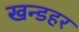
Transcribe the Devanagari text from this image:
खन्डहर